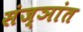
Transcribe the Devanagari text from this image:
संज्ञांत